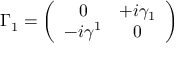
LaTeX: \Gamma _ { 1 } = \left( \begin{array} { c c } { { 0 } } & { { + i \gamma _ { 1 } } } \\ { { - i \gamma ^ { 1 } } } & { { 0 } } \end{array} \right)